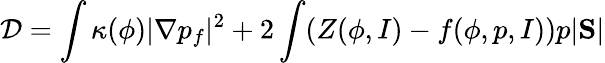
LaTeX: \mathcal D=\int\kappa(\phi)|\nabla p_{f}|^{2}+2\int(Z(\phi,I)-f(\phi,p,I))p|\mathrm{\mathbf S}|